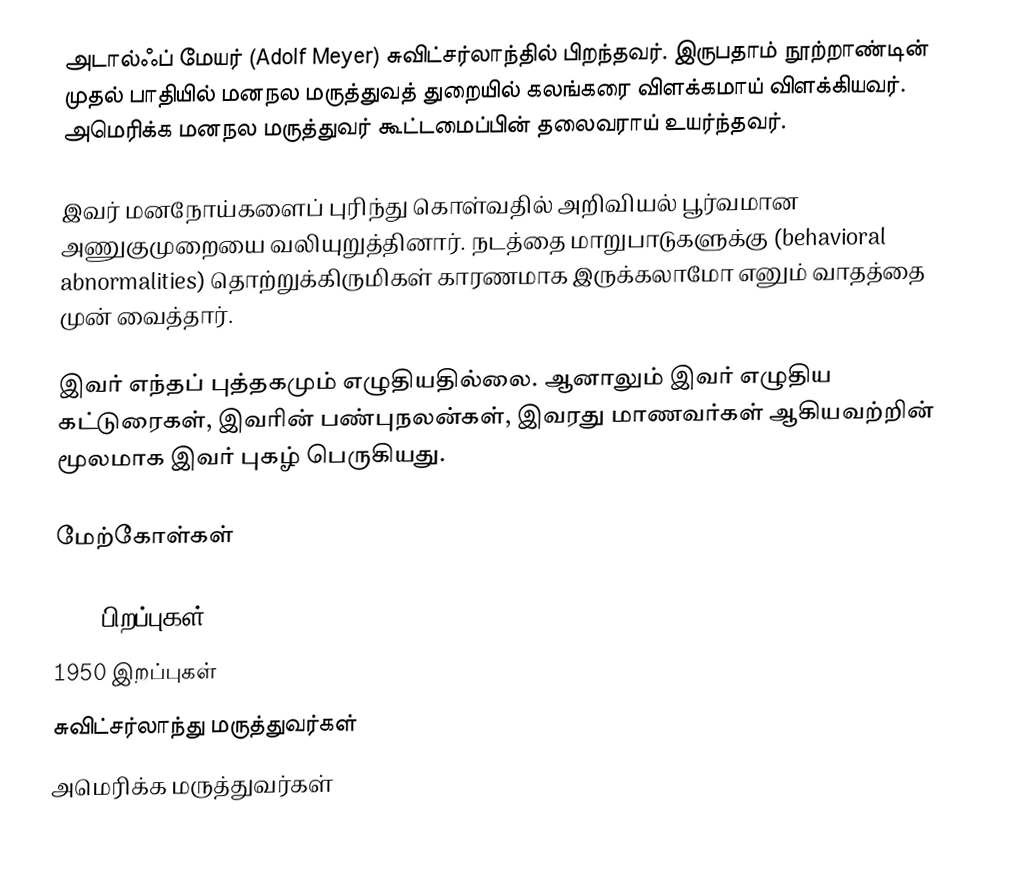
அடால்ஃப் மேயர் (Adolf Meyer) சுவிட்சர்லாந்தில் பிறந்தவர். இருபதாம் நூற்றாண்டின் முதல் பாதியில் மனநல மருத்துவத் துறையில் கலங்கரை விளக்கமாய் விளக்கியவர். அமெரிக்க மனநல மருத்துவர் கூட்டமைப்பின் தலைவராய் உயர்ந்தவர்.

இவர் மனநோய்களைப் புரிந்து கொள்வதில் அறிவியல் பூர்வமான அணுகுமுறையை வலியுறுத்தினார். நடத்தை மாறுபாடுகளுக்கு (behavioral abnormalities) தொற்றுக்கிருமிகள் காரணமாக இருக்கலாமோ எனும் வாதத்தை முன் வைத்தார்.

இவர் எந்தப் புத்தகமும் எழுதியதில்லை. ஆனாலும் இவர் எழுதிய கட்டுரைகள், இவரின் பண்புநலன்கள், இவரது மாணவர்கள் ஆகியவற்றின் மூலமாக இவர் புகழ் பெருகியது.

மேற்கோள்கள்

1866 பிறப்புகள்
1950 இறப்புகள்
சுவிட்சர்லாந்து மருத்துவர்கள்
அமெரிக்க மருத்துவர்கள்